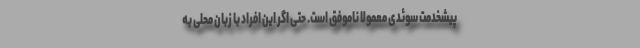
پیشخدمت سوئدی معمولا ناموفق است. حتی اگر این افراد با زبان محلی به